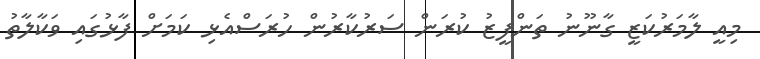
މިއީ ލާމަރުކަޒީ ގާނޫނު ތަންފީޒު ކުރަން ސަރުކާރުން ހުރަސްއެޅި ކަމަށް ފާޅުގައި ވަކާލާތު